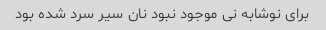
برای نوشابه نی موجود نبود نان سیر سرد شده بود